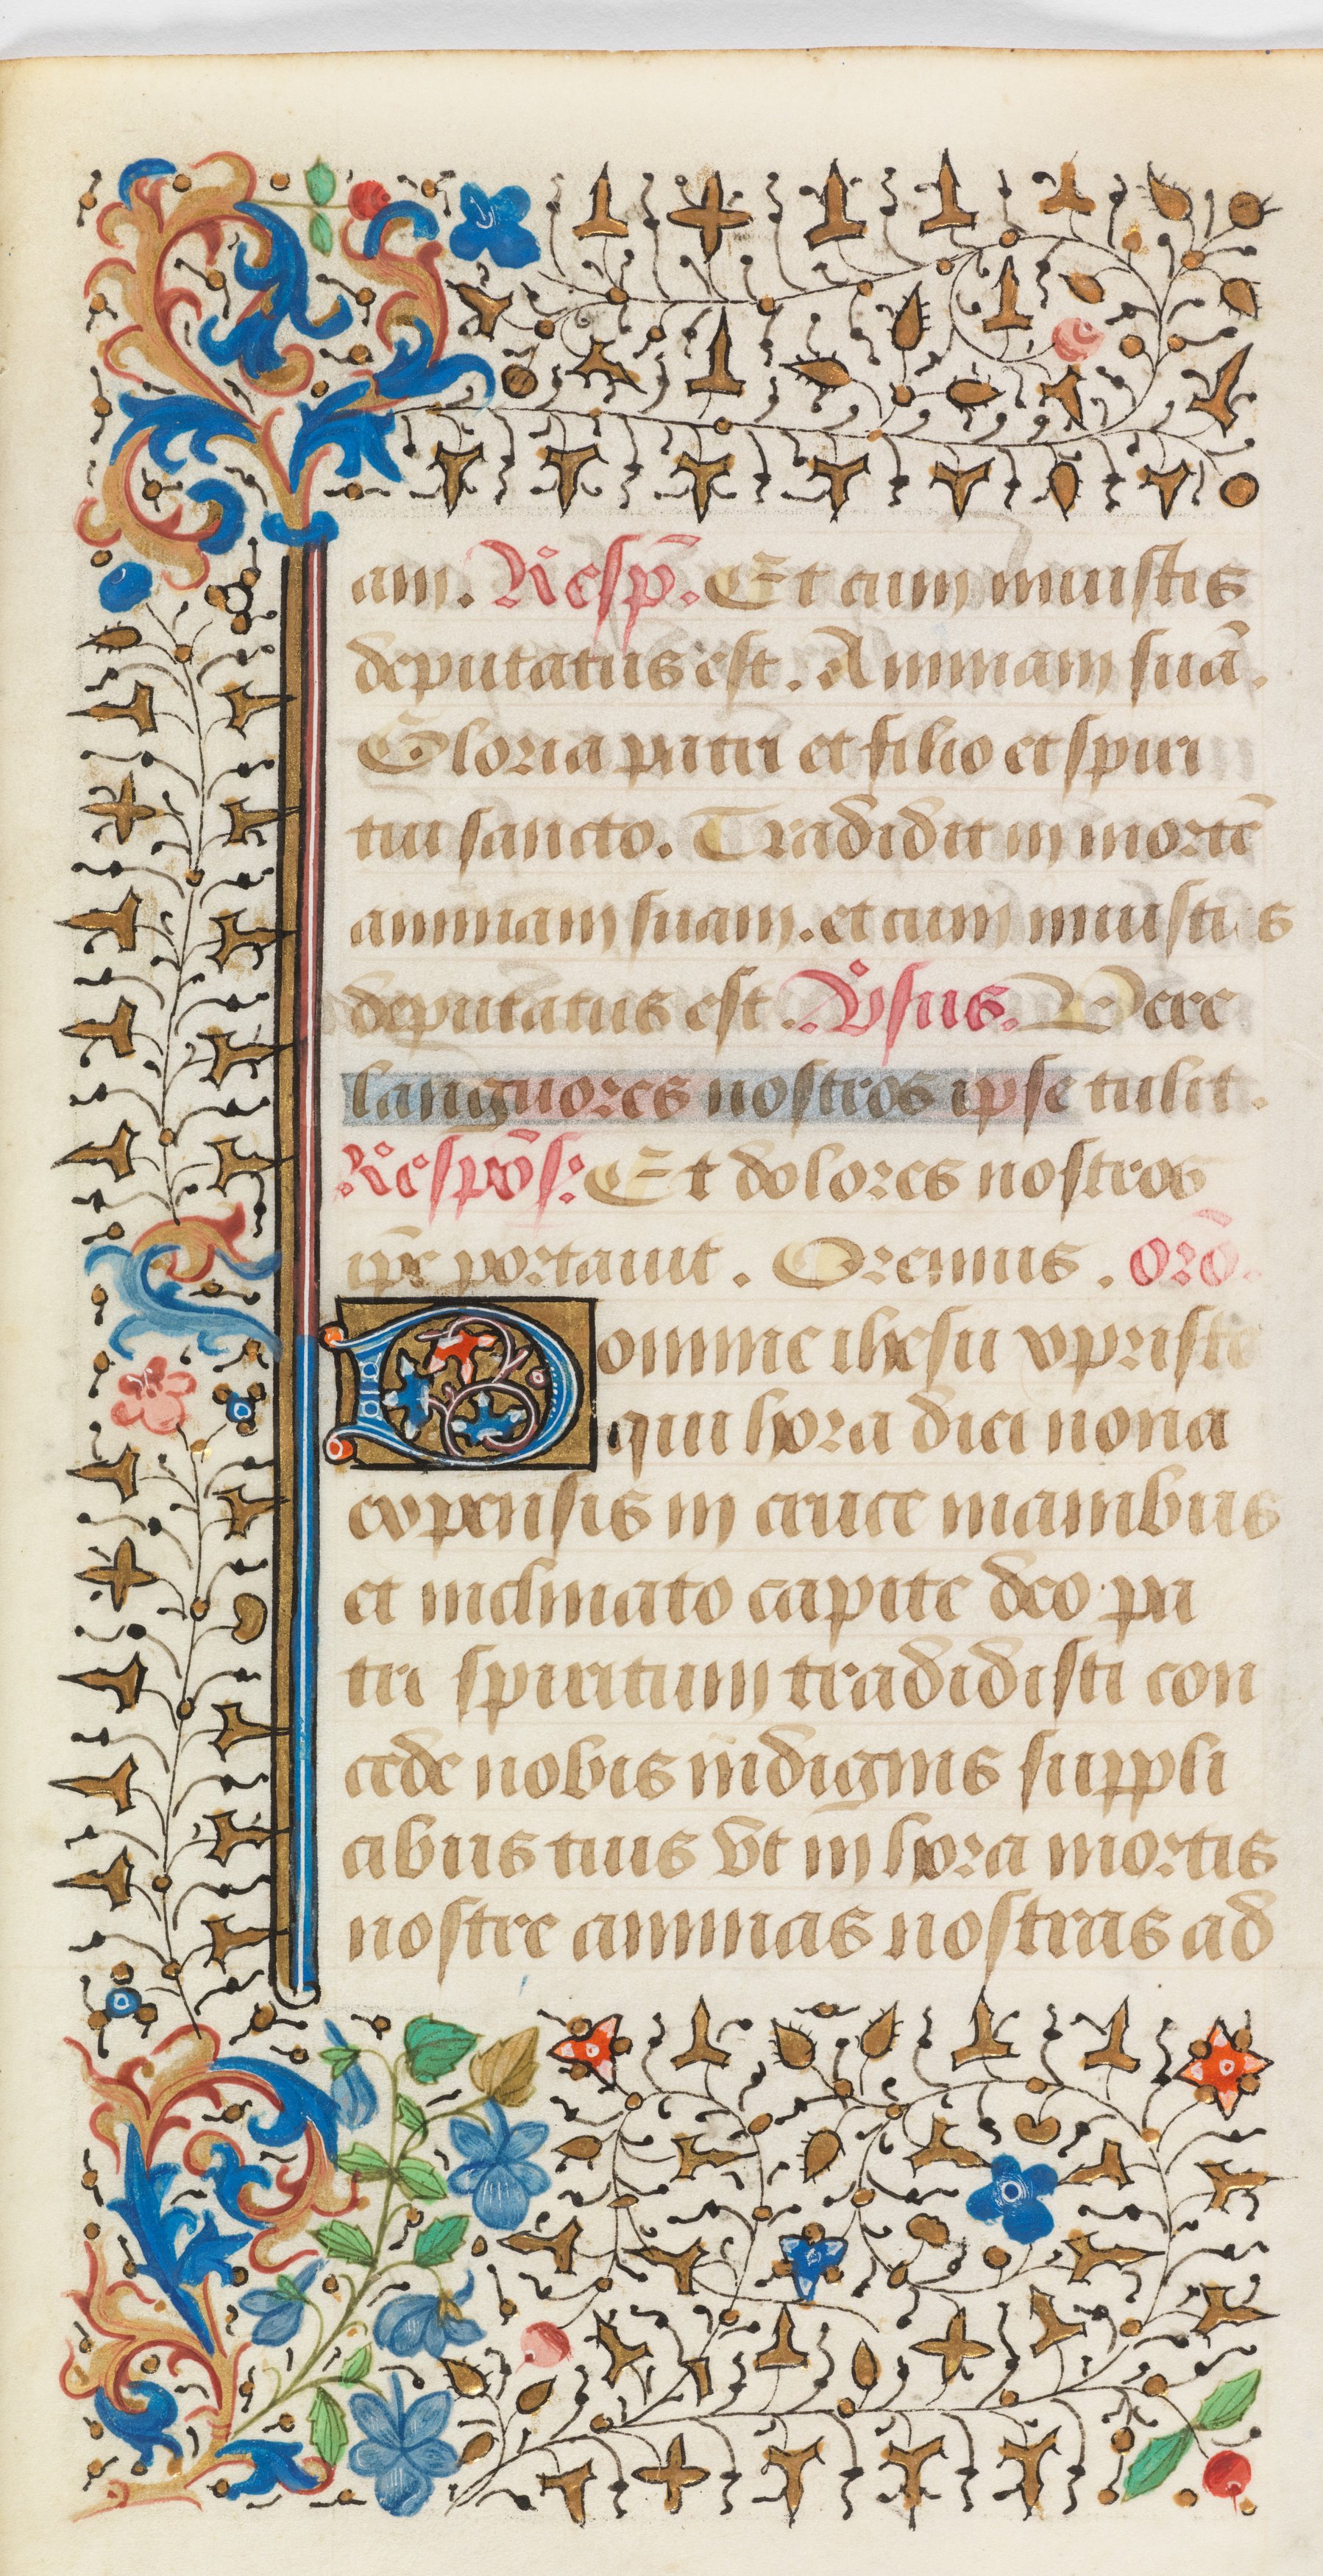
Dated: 1458–1460